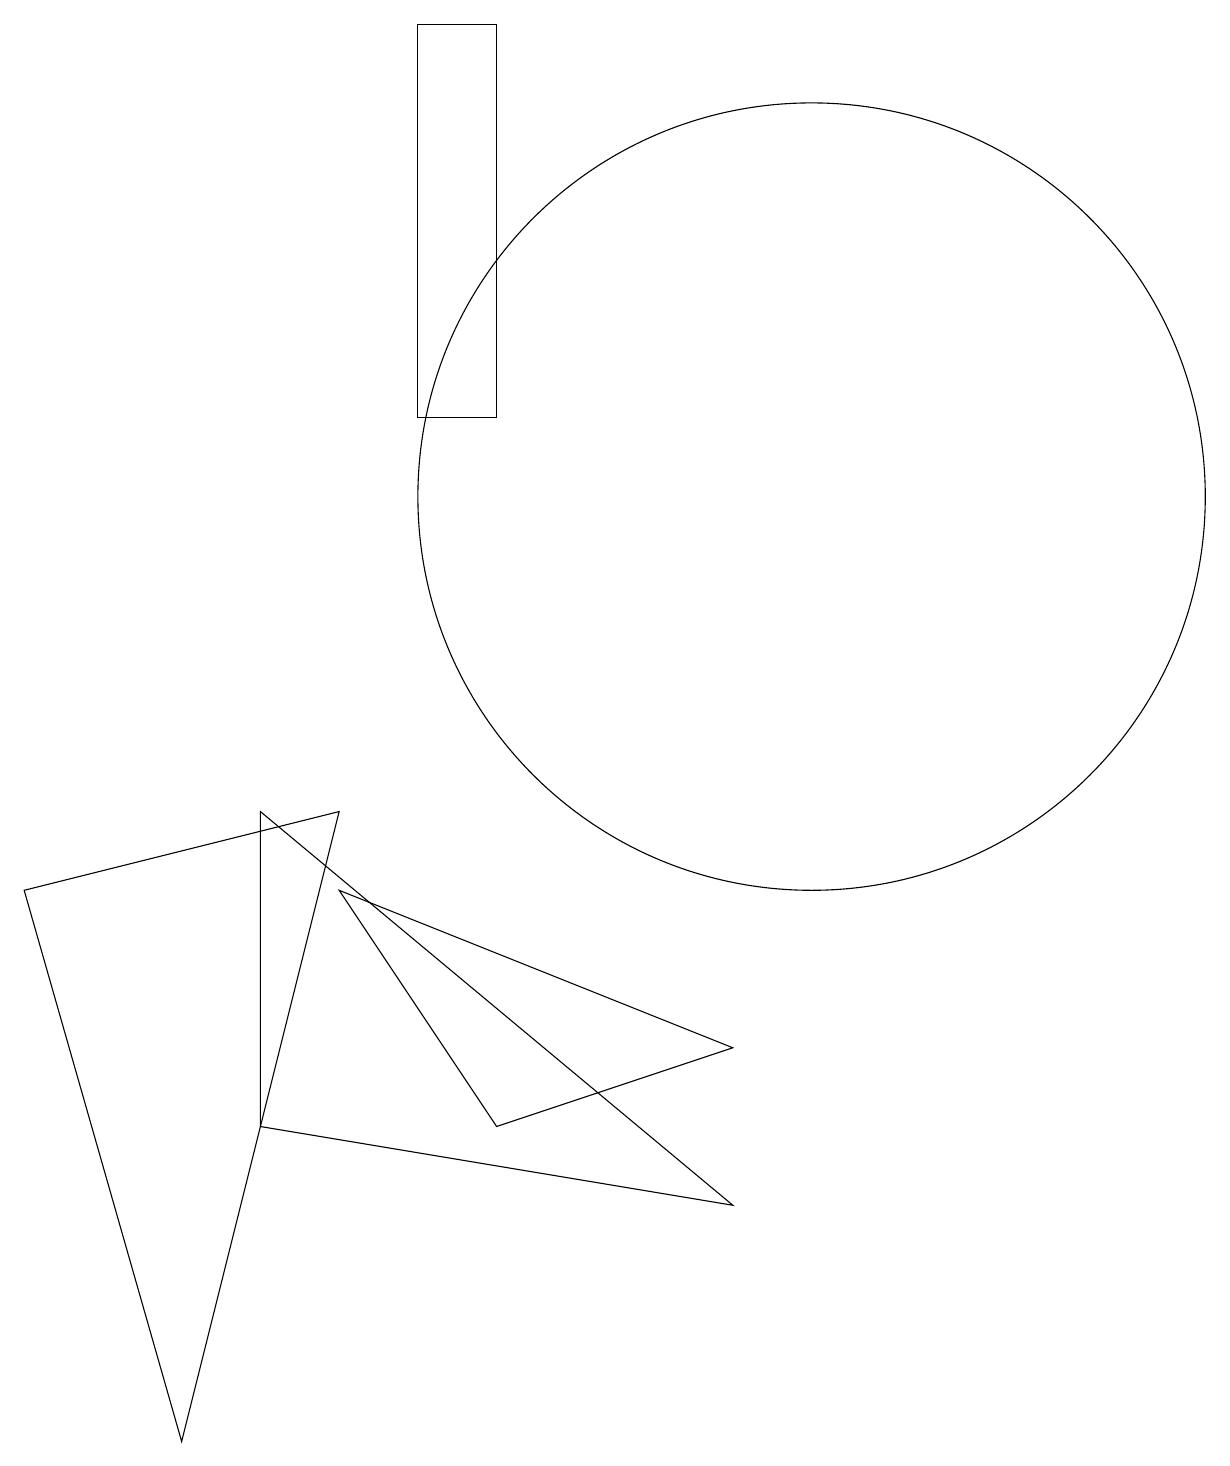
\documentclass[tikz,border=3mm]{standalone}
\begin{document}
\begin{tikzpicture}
\draw (6,4) -- (4,7) -- (9,5) -- cycle;
\draw (4,8) -- (2,0) -- (0,7) -- cycle;
\draw (9,3) -- (3,8) -- (3,4) -- cycle;
\draw (10,12) circle (5);
\draw (6,18) rectangle (5,13);
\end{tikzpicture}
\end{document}